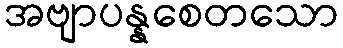
အဗျာပန္နစေတသော